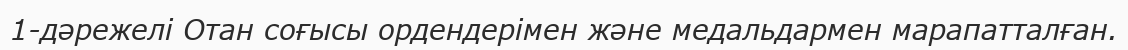
1-дәрежелі Отан соғысы ордендерімен және медальдармен марапатталған.